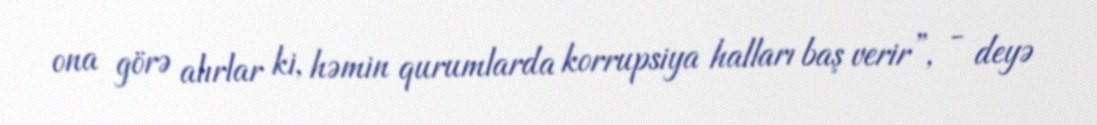
ona görə alırlar ki, həmin qurumlarda korrupsiya halları baş verir”, - deyə